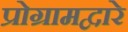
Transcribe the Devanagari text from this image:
प्रोग्रामद्वारे